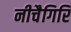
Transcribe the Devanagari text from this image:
नीचैगिरि